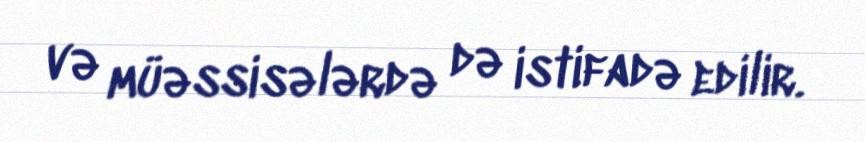
və müəssisələrdə də istifadə edilir.